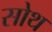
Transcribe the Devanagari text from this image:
सोथ